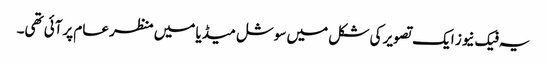
یہ فیک نیوز ایک تصویر کی شکل میں سوشل میڈیا میں منظر عام پرآئی تھی۔